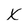
Character: x